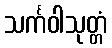
သင်္ကဝါသုတ္တံ